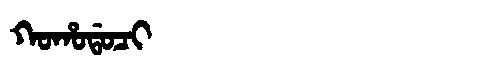
Manchu: ᡴᠣᡥᠣᡩᠣᠴᡳ
Romanization: KOHODOCI